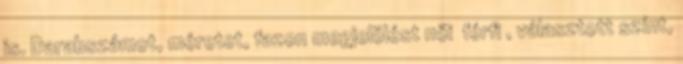
is. Darabszámot, méretet, fazon megjelölést női férfi , választott színt,